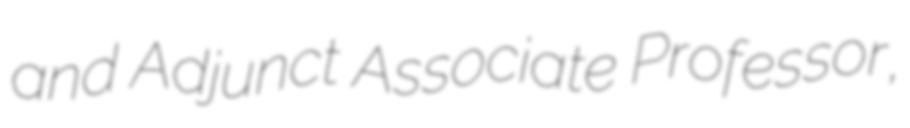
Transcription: and Adjunct Associate Professor,